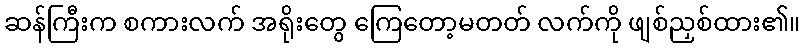
ဆန်ကြီးက စကားလက် အရိုးတွေ ကြေတော့မတတ် လက်ကို ဖျစ်ညှစ်ထား၏။